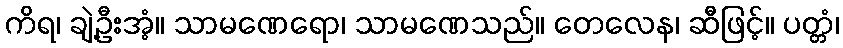
ကိရ၊ ချဲ့ဦးအံ့။ သာမဏေရော၊ သာမဏေသည်။ တေလေန၊ ဆီဖြင့်။ ပတ္တံ၊